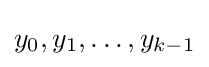
y_{0},y_{1},\ldots ,y_{k-1}